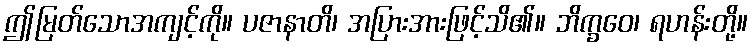
ဤမြတ်သောအကျင့်ကို။ ပဇာနာတိ၊ အပြားအားဖြင့်သိ၏။ ဘိက္ခဝေ၊ ရဟန်းတို့။